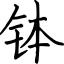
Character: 钵